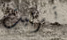
تربيت